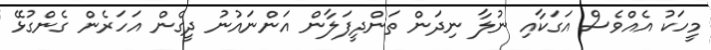
މީހަކު އެއްވެސް އަގަކާއި ނުލާ ނިދަން ތަންދީފަލާން އަންނައުނު ދީގެން އަހަރެން ގެންގުޅޭ